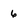
Character: 6